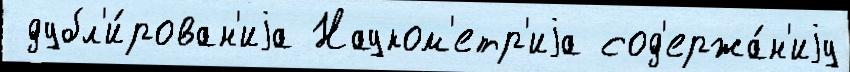
 дубл'и́рован'иjа Науком'етр'иjа сод'ержа́н'иjу